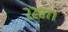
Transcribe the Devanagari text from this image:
२२८७१